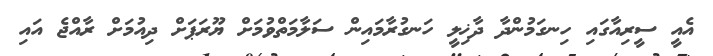
އެއީ ސީރިއާގައި ހިނގަމުންދާ ދާޚިލީ ހަނގުރާމައިން ސަލާމަތްވުމަށް ޔޫރަޕަށް ދިއުމަށް ރާއްޖެ އައި